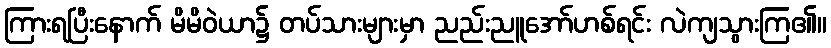
ကြားရပြီးနောက် မိမိဝဲယာ၌ တပ်သားများမှာ ညည်းညူအော်ဟစ်ရင်း လဲကျသွားကြ၏။